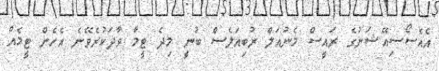
އެއެސޯސިއޭޝަނުގެ ރައީސް މެނުއަލް ރުބިއަލެސް ބުނީ މިދެ ޓީމާ ވާދަކުރެވޭނެ އެހެން ޓީމެއް